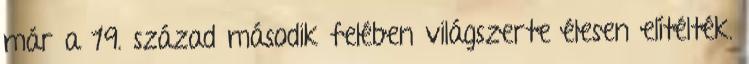
már a 19. század második felében világszerte élesen elítélték.